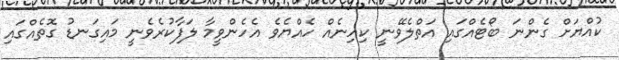
ކުއްޔަށް ގެންނަ ބޯޓެއްގައި އަތްލެވޭނީ ކިހިނެއް ހެއްޔެވެ އެހެންވީމާ ލަފާކުރެވެނީ މައިގަނޑު ގޮތެއްގައި